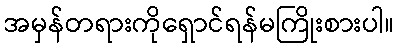
အမှန်တရားကိုရှောင်ရန်မကြိုးစားပါ။